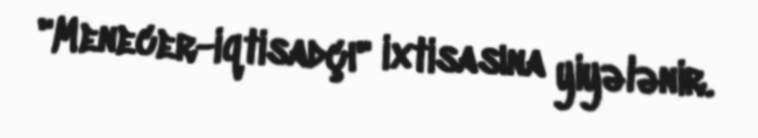
"Menecer-iqtisadçı" ixtisasına yiyələnir.